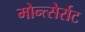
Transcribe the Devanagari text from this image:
मोन्त्सेर्राट